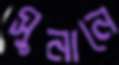
সুনানে